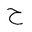
Letter: _ha